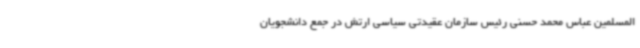
المسلمین عباس محمد حسنی رئیس سازمان عقیدتی سیاسی ارتش در جمع دانشجویان